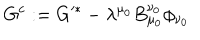
G ^ { c } : = G ^ { * } - \lambda ^ { \mu _ { 0 } } B _ { \mu _ { 0 } } ^ { \nu _ { 0 } } \phi _ { \nu _ { 0 } }